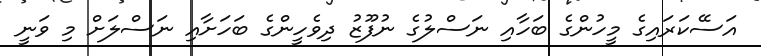
އަސޭކަރައިގެ މީހުންގެ ބަހާއި ނަސްލުގެ ނުފޫޒު ދިވެހީންގެ ބަހަށާއި ނަސްލަށް މި ވަނީ